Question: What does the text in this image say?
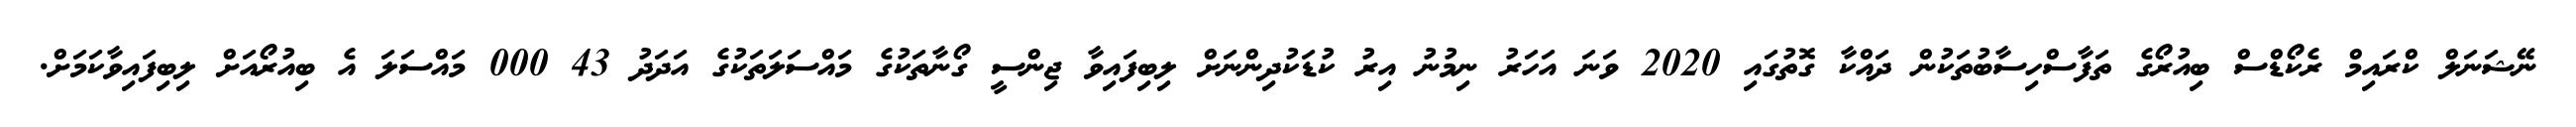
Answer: ނޭޝަނަލް ކްރައިމް ރެކޯޑްސް ބިއުރޯގެ ތަފާސްހިސާބުތަކުން ދައްކާ ގޮތުގައި 2020 ވަނަ އަހަރު ނިމުނު އިރު ކުޑަކުދިންނަށް ލިބިފައިވާ ޖިންސީ ގޯނާތަކުގެ މައްސަލަތަކުގެ އަދަދު 43 000 މައްސަލަ އެ ބިއުރޯއަށް ލިބިފައިވާކަމަށް.